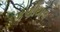
કણીયાલ